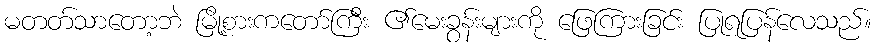
မတတ်သာတော့ဘဲ မြို့စားကတော်ကြီး ၏မေးခွန်းများကို ဖြေကြားခြင်း ပြုရပြန်လေသည်။